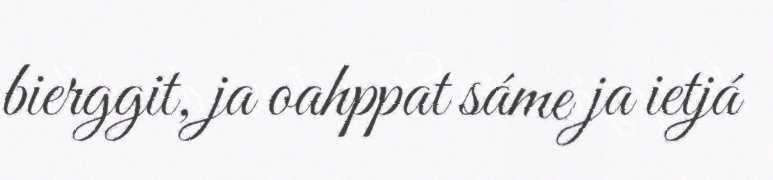
bierggit, ja oahppat sáme ja ietjá